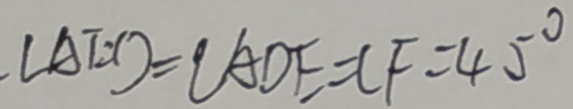
\cdot \angle A E D = \angle A D E = C F = 4 5 ^ { \circ }